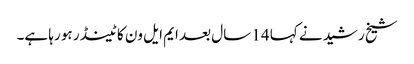
شیخ رشید نے کہا 14 سال بعد ایم ایل ون کا ٹینڈر ہو رہا ہے۔